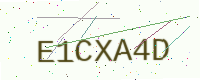
Text: E1CXA4D